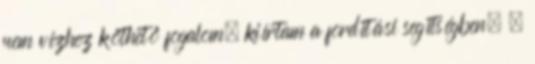
nem vízhez köthető fogalom, kiírtam a fordítási segítségben. –